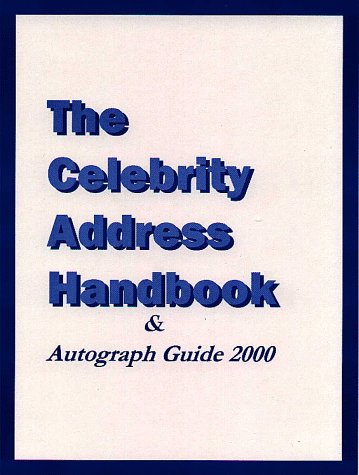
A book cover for The Celebrity Address Handbook; Lee A. Ellis; Crafts, Hobbies & Home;